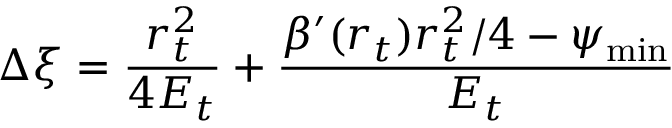
\Delta \xi = \frac { r _ { t } ^ { 2 } } { 4 E _ { t } } + \frac { \beta ^ { \prime } ( r _ { t } ) r _ { t } ^ { 2 } / 4 - \psi _ { \operatorname* { m i n } } } { E _ { t } }